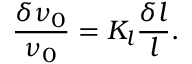
\frac { \delta \nu _ { 0 } } { \nu _ { 0 } } = K _ { l } \frac { \delta l } { l } .